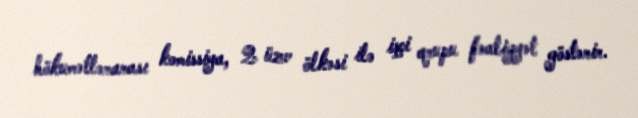
hökumətlərarası komissiya, 2 üzv ölkəsi ilə işçi qrupu fəaliyyət göstərir.